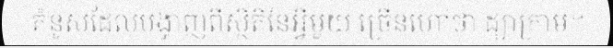
គំនូសដែលបង្ហាញពីស្ថិតិនៃអ្វីមួយ ច្រើនហៅថា ដ្យាក្រាម។